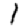
Digit: 1